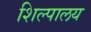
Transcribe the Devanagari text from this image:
शिल्पालय